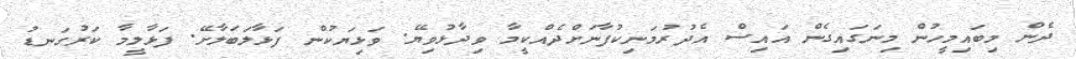
ދެން މިބައިމީހުން މިނަގައިގެން އައިސް އެދުރުމަނިކުފާނަށްދެއްކީމާ ވިދާޅުވިޔޭ. ވަޅިޔަކުން ފަޅާލަބަލާށޭ. ފަޅާލީމާ ކަރުގަނޑު